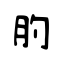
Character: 肑